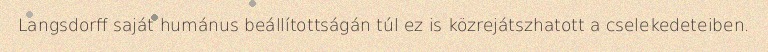
Langsdorff saját humánus beállítottságán túl ez is közrejátszhatott a cselekedeteiben.